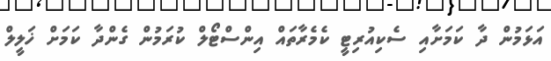
އަޅަމުން ދާ ކަމަށާއި ސެކިއުރިޓީ ކެމެރާތައް އިންސްޓޯލް ކުރަމުން ގެންދާ ކަމަށް ޚަލީލް